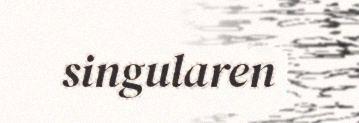
singularen